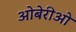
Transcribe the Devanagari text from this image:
ओबेरीओ